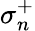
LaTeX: \sigma_{n}^{+}